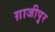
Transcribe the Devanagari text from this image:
ग़ाजीपुर